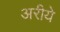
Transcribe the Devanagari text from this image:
अरीये